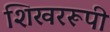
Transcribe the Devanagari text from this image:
शिखररूपी